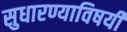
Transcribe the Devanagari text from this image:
सुधारण्याविषयीं